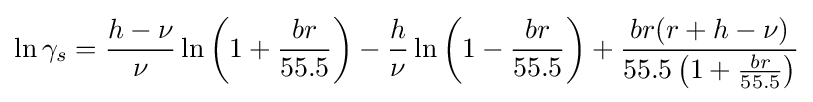
\ln \gamma _{s}={\frac {h-\nu }{\nu }}\ln \left(1+{\frac {br}{55.5}}\right)-{\frac {h}{\nu }}\ln \left(1-{\frac {br}{55.5}}\right)+{\frac {br(r+h-\nu )}{55.5\left(1+{\frac {br}{55.5}}\right)}}